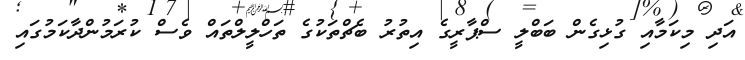
އަދި މިކަމާއި ގުޅިގެން ބަބްލީ ސްޕާރީގެ އިތުރު ބެޗްތަކުގެ ތަހްލީލްތައް ވެސް ކުރަމުންދާކަމުގައި